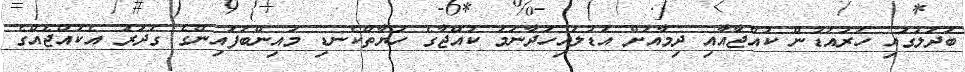
ބަދަލުގައި ހަރުއަޑުން ކުއްޖާއާއި ދިމާއަށް އަޑުލައިހަދާނަމަ ކުއްޖާގެ ހަޔާތްކެނޑި މައިންބަފައިންގެ ގަދަރު އެކުއްޖެއްގެ